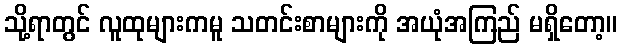
သို့ရာတွင် လူထုများကမူ သတင်းစာများကို အယုံအကြည် မရှိတော့။